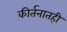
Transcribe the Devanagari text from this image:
कीर्तनातही